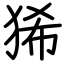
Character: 狶